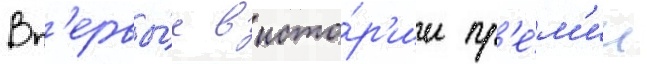
Вп'ервы́е в исто́р'ии пр'е́м'ии